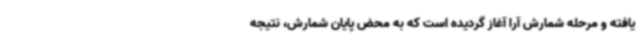
یافته و مرحله شمارش آرا آغاز گردیده است که به محض پایان شمارش، نتیجه